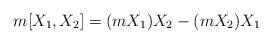
LaTeX: \begin{align*}m[X_1,X_2] = (mX_1)X_2 - (mX_2)X_1\end{align*}